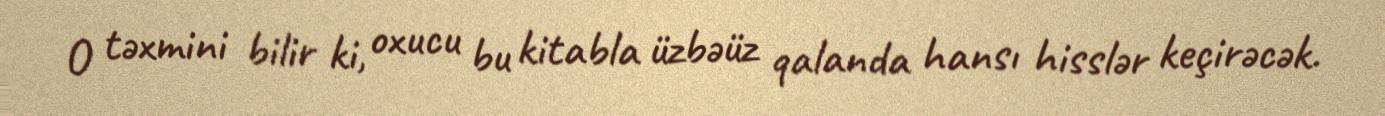
O təxmini bilir ki, oxucu bu kitabla üzbəüz qalanda hansı hisslər keçirəcək.